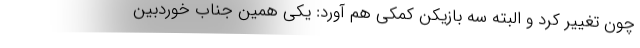
چون تغییر کرد و البته سه بازیکن کمکی هم آورد: یکی همین جناب خوردبین